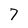
Character: 7